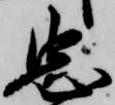
忠